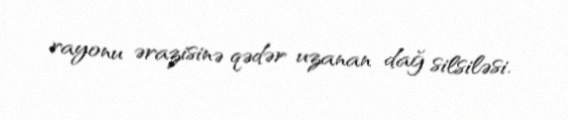
rayonu ərazisinə qədər uzanan dağ silsiləsi.